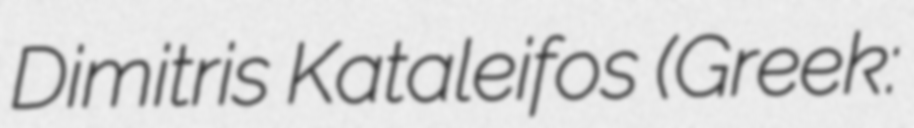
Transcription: Dimitris Kataleifos (Greek: